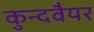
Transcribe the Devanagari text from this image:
कुन्दवैयर